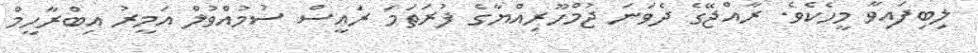
ލިބިފައިވާ މީހެކެވެ. ރާއްޖޭގެ ދެވަނަ ޖުމްހޫރިއްޔާގެ ފުރަތަމަ ރައީސް ސުމުއްވުލް އަމީރު އިބްރާހީމް